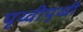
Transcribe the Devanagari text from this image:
पृथ्वीपृथ्वी